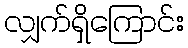
လျှက်ရှိကြောင်း